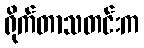
ရိုက်တာသတင်းက